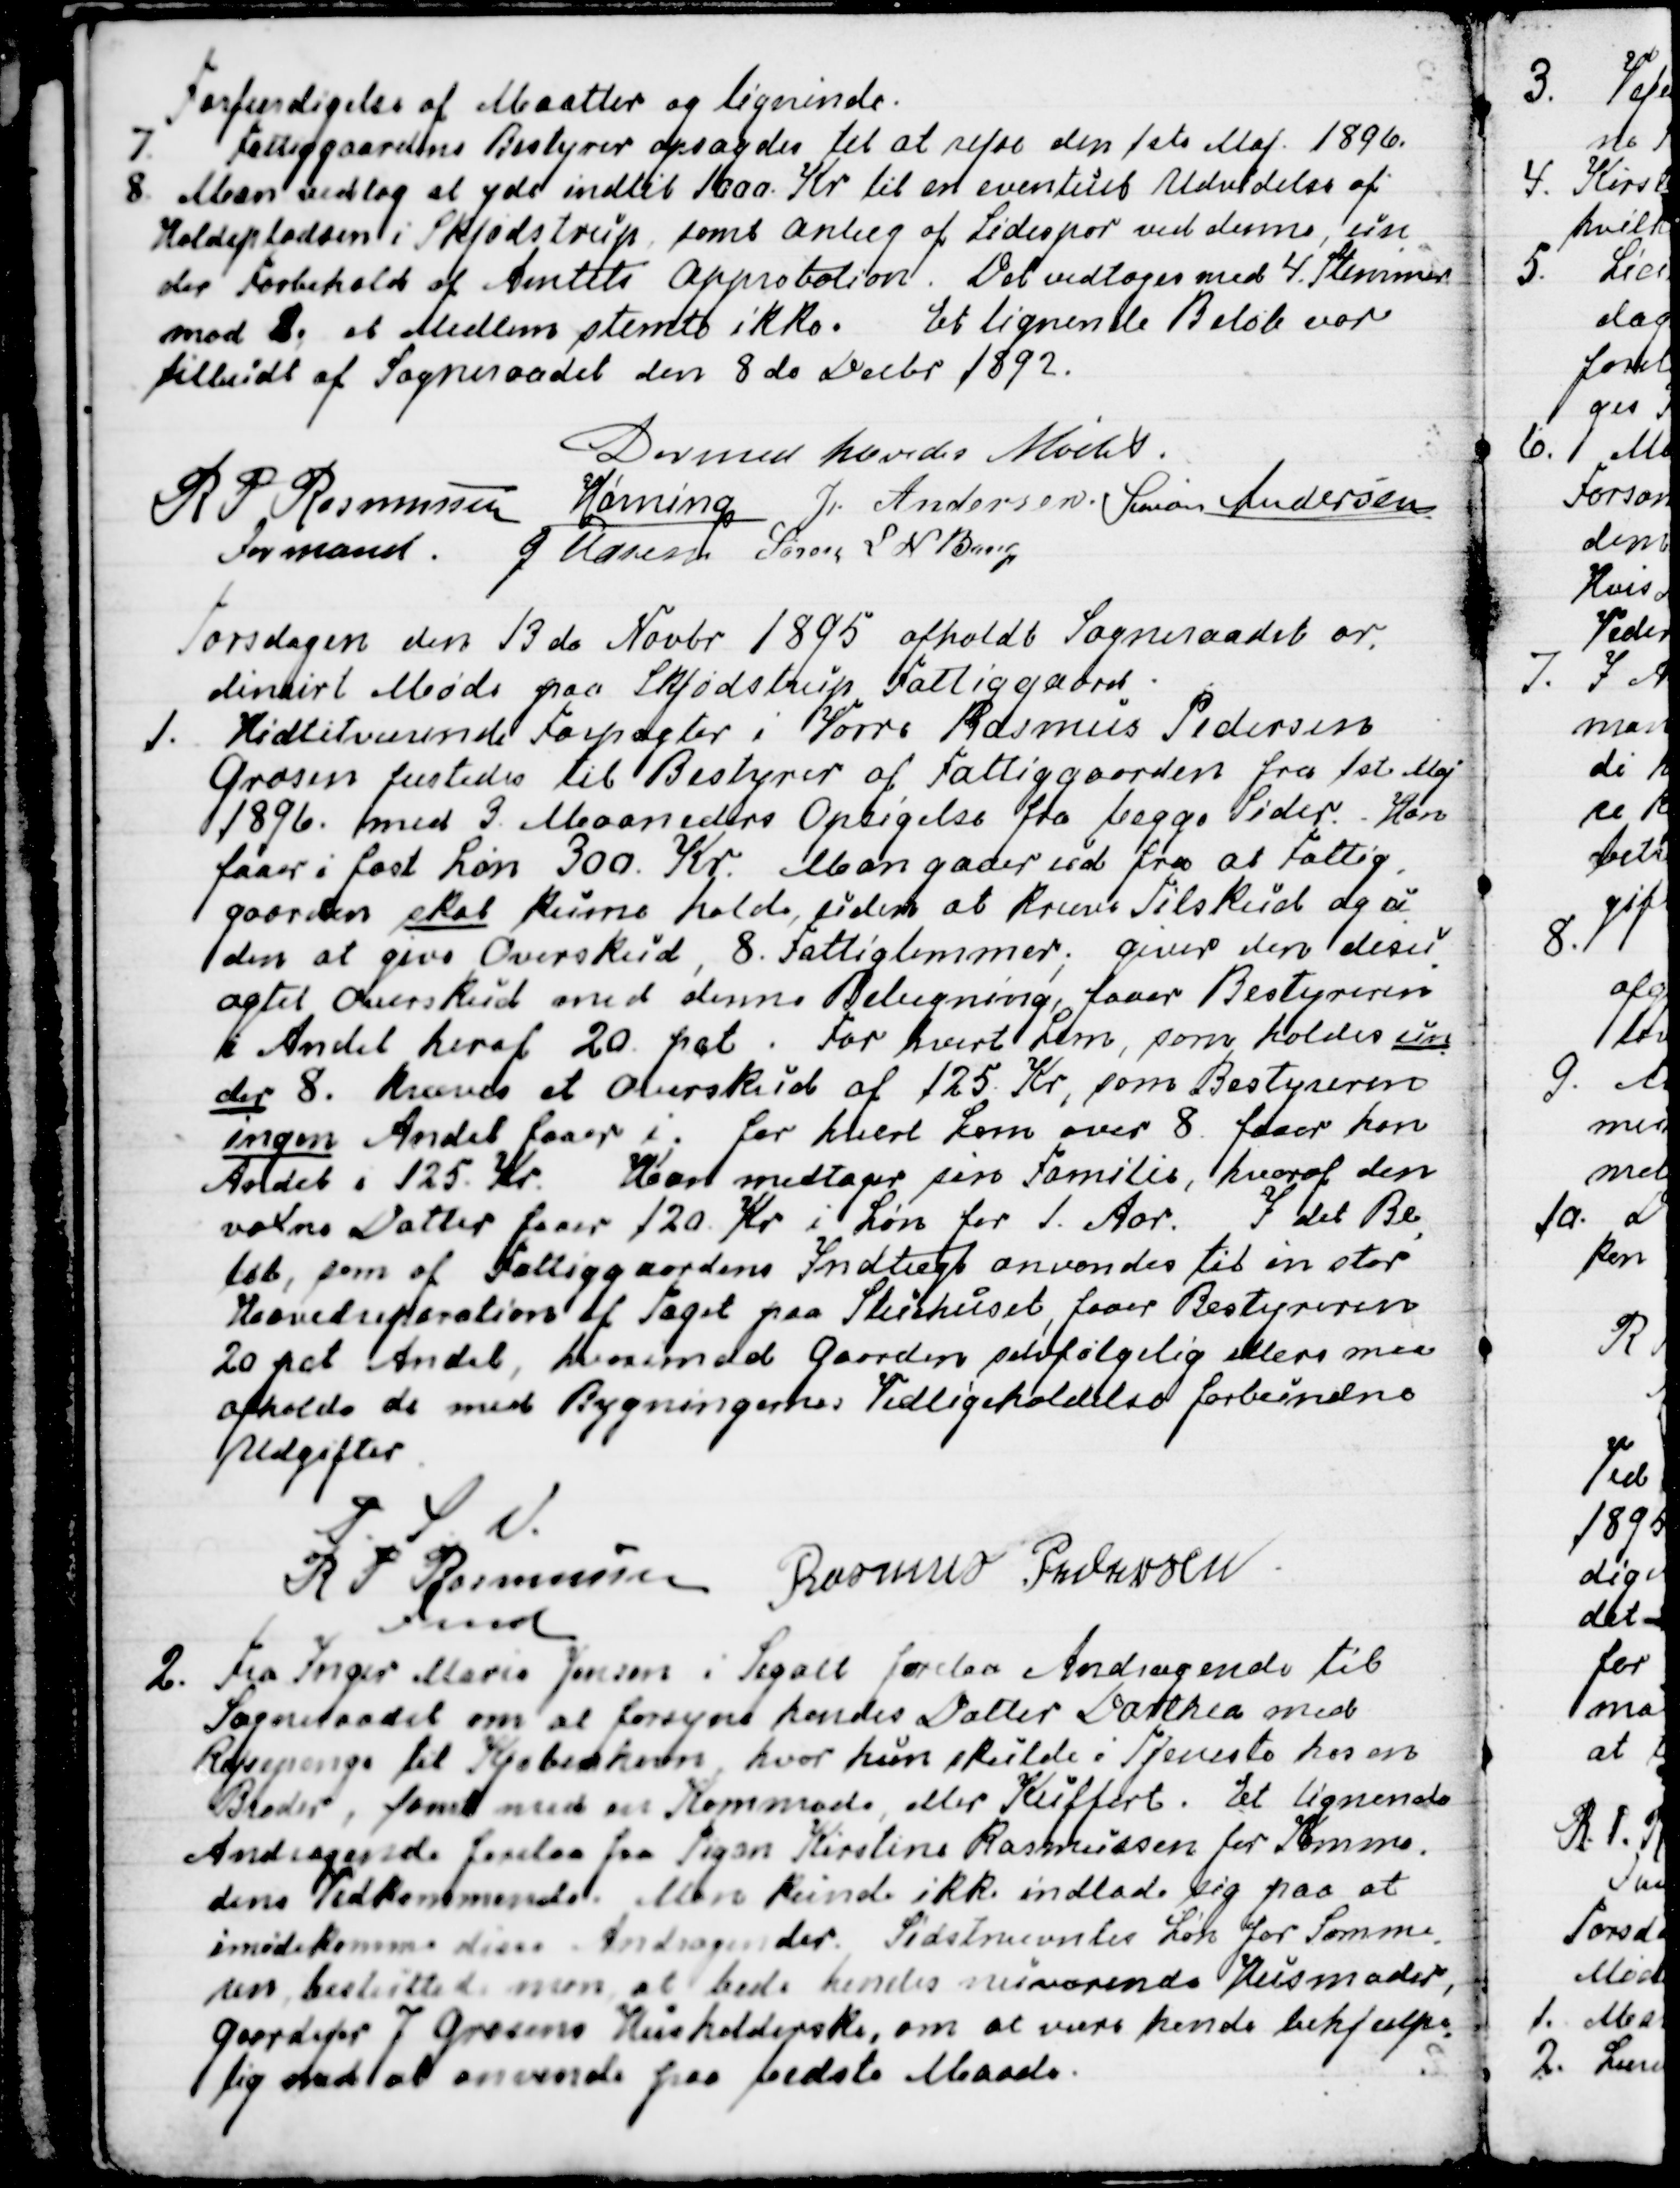
Transskription:
Forfærdigelse af Maatter og ligninde.
7. Fattiggaardens Bestyrer opsagdes til at rejse den 1ste Maj 1896.
8. Man vedtog at yde indtil 1000. Kr til en eventuel Udvidelse af
Holdepladsen i Skjødstrup, samt Anlæg af Sidespor ved denne, un
-
der Forbehold af Amtets Approbation. Det vedtoges med 4. Stemmer
mod 2., et Medlem stemte ikke. Et lignende Beløb var
tilbudt af Sogneraadet den 8de Decbr 1892.
Dermed hævedes Mødet.
R P Rasmussen
Formand
Hørning
J Andersen
Simon Andersen
J Udsen
Søren L N Bang

Torsdagen den 13de Novbr 1895 afholdt Sogneraadet or-
dinairt Møde paa Skjødstrup Fattiggaard.
1. Hidtilværende Forpagter i Vorre Rasmus Pedersen
Grosen fæstedes til Bestyrer af Fattiggaarden fra 1ste Maj
1896. med 3. Maaneders Opsigelse fra begge Sider. Han
faaer i fast Løn 300. Kr. Man gaaer ud fra at Fattig
-
gaarden skal kunne holde, uden at kræve Tilskud og u
-
den at give Overskud, 8. Fattiglemmer; giver den desu
-
agtet Overskud med denne Belægning, faar Bestyreren
i Andel heraf 20. pct. For hvert Lem, som holdes un
-
der 8. kræves et Overskud af 125. Kr, som Bestyreren
ingen Andel faaer i; for hvert Lem over 8. faaer han
Andel i 125. Kr.  Han medtager sin Familie, hvoraf den
voxne Datter faaer 120. Kr i Løn for 1. Aar. I det Be
-
løb, som af Fattiggaardens Indtægt anvendes til en stor
Hovedreparation af Taget paa Stuehuset, faaer Bestyreren
20 pct Andel, hvorimod Gaarden selvfølgelig ellers maa
afholde de med Bygningernes Vedligeholdelse forbundne
Udgifter.
P. S. V.
R P Rasmussen
Fmd.
Rasmus Pedersen

2. Fra Inger Marie Jensen i Segalt forelaa Andragende til
Sogneraadet om at forsyne hendes Datter Dorthea med
Rejsepenge til Kjøbenhavn, hvor hun skulde i Tjeneste hos en
Broder, samt med en Kommode, eller Kuffert. Et lignende
Andragende forelaa fra Pigen Kirstine Rasmussen for Kommo
-
dens Vedkommende. Man kunde ikke indlade sig paa at
imødekomme disse Andragender. Sidstnævntes Løn for Somme-
ren, besluttede man at bede hendes nuværende Husmoder,
Gaardejer J Grosens Husholderske, om at være hende behjælpe
-
lig med at anvende paa bedste Maade.